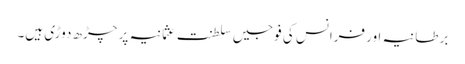
برطانیہ اور فرانس کی فوجیں سلطنت عثمانیہ پر چڑھ دوڑی ہیں۔